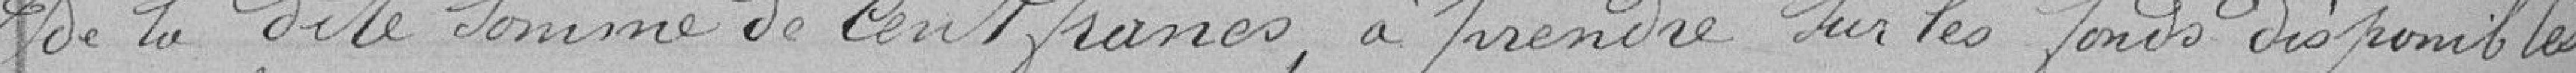
de la dite somme de cent francs, à prendre sur les fonds disponibles